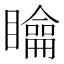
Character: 𥌉